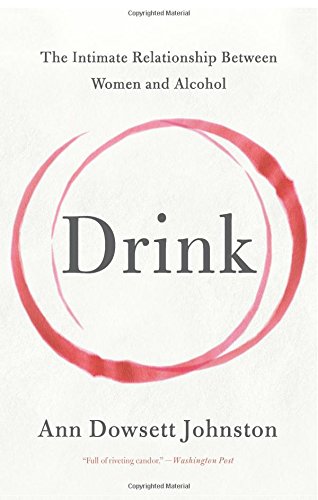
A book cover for Drink: The Intimate Relationship Between Women and Alcohol; Ann Dowsett Johnston; Health, Fitness & Dieting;